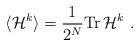
LaTeX: \begin{align*}\langle \mathcal{H}^k\rangle=\frac{1}{2^N}\mathrm{Tr}\, \mathcal{H}^k\ .\end{align*}